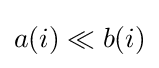
a(i)\ll b(i)